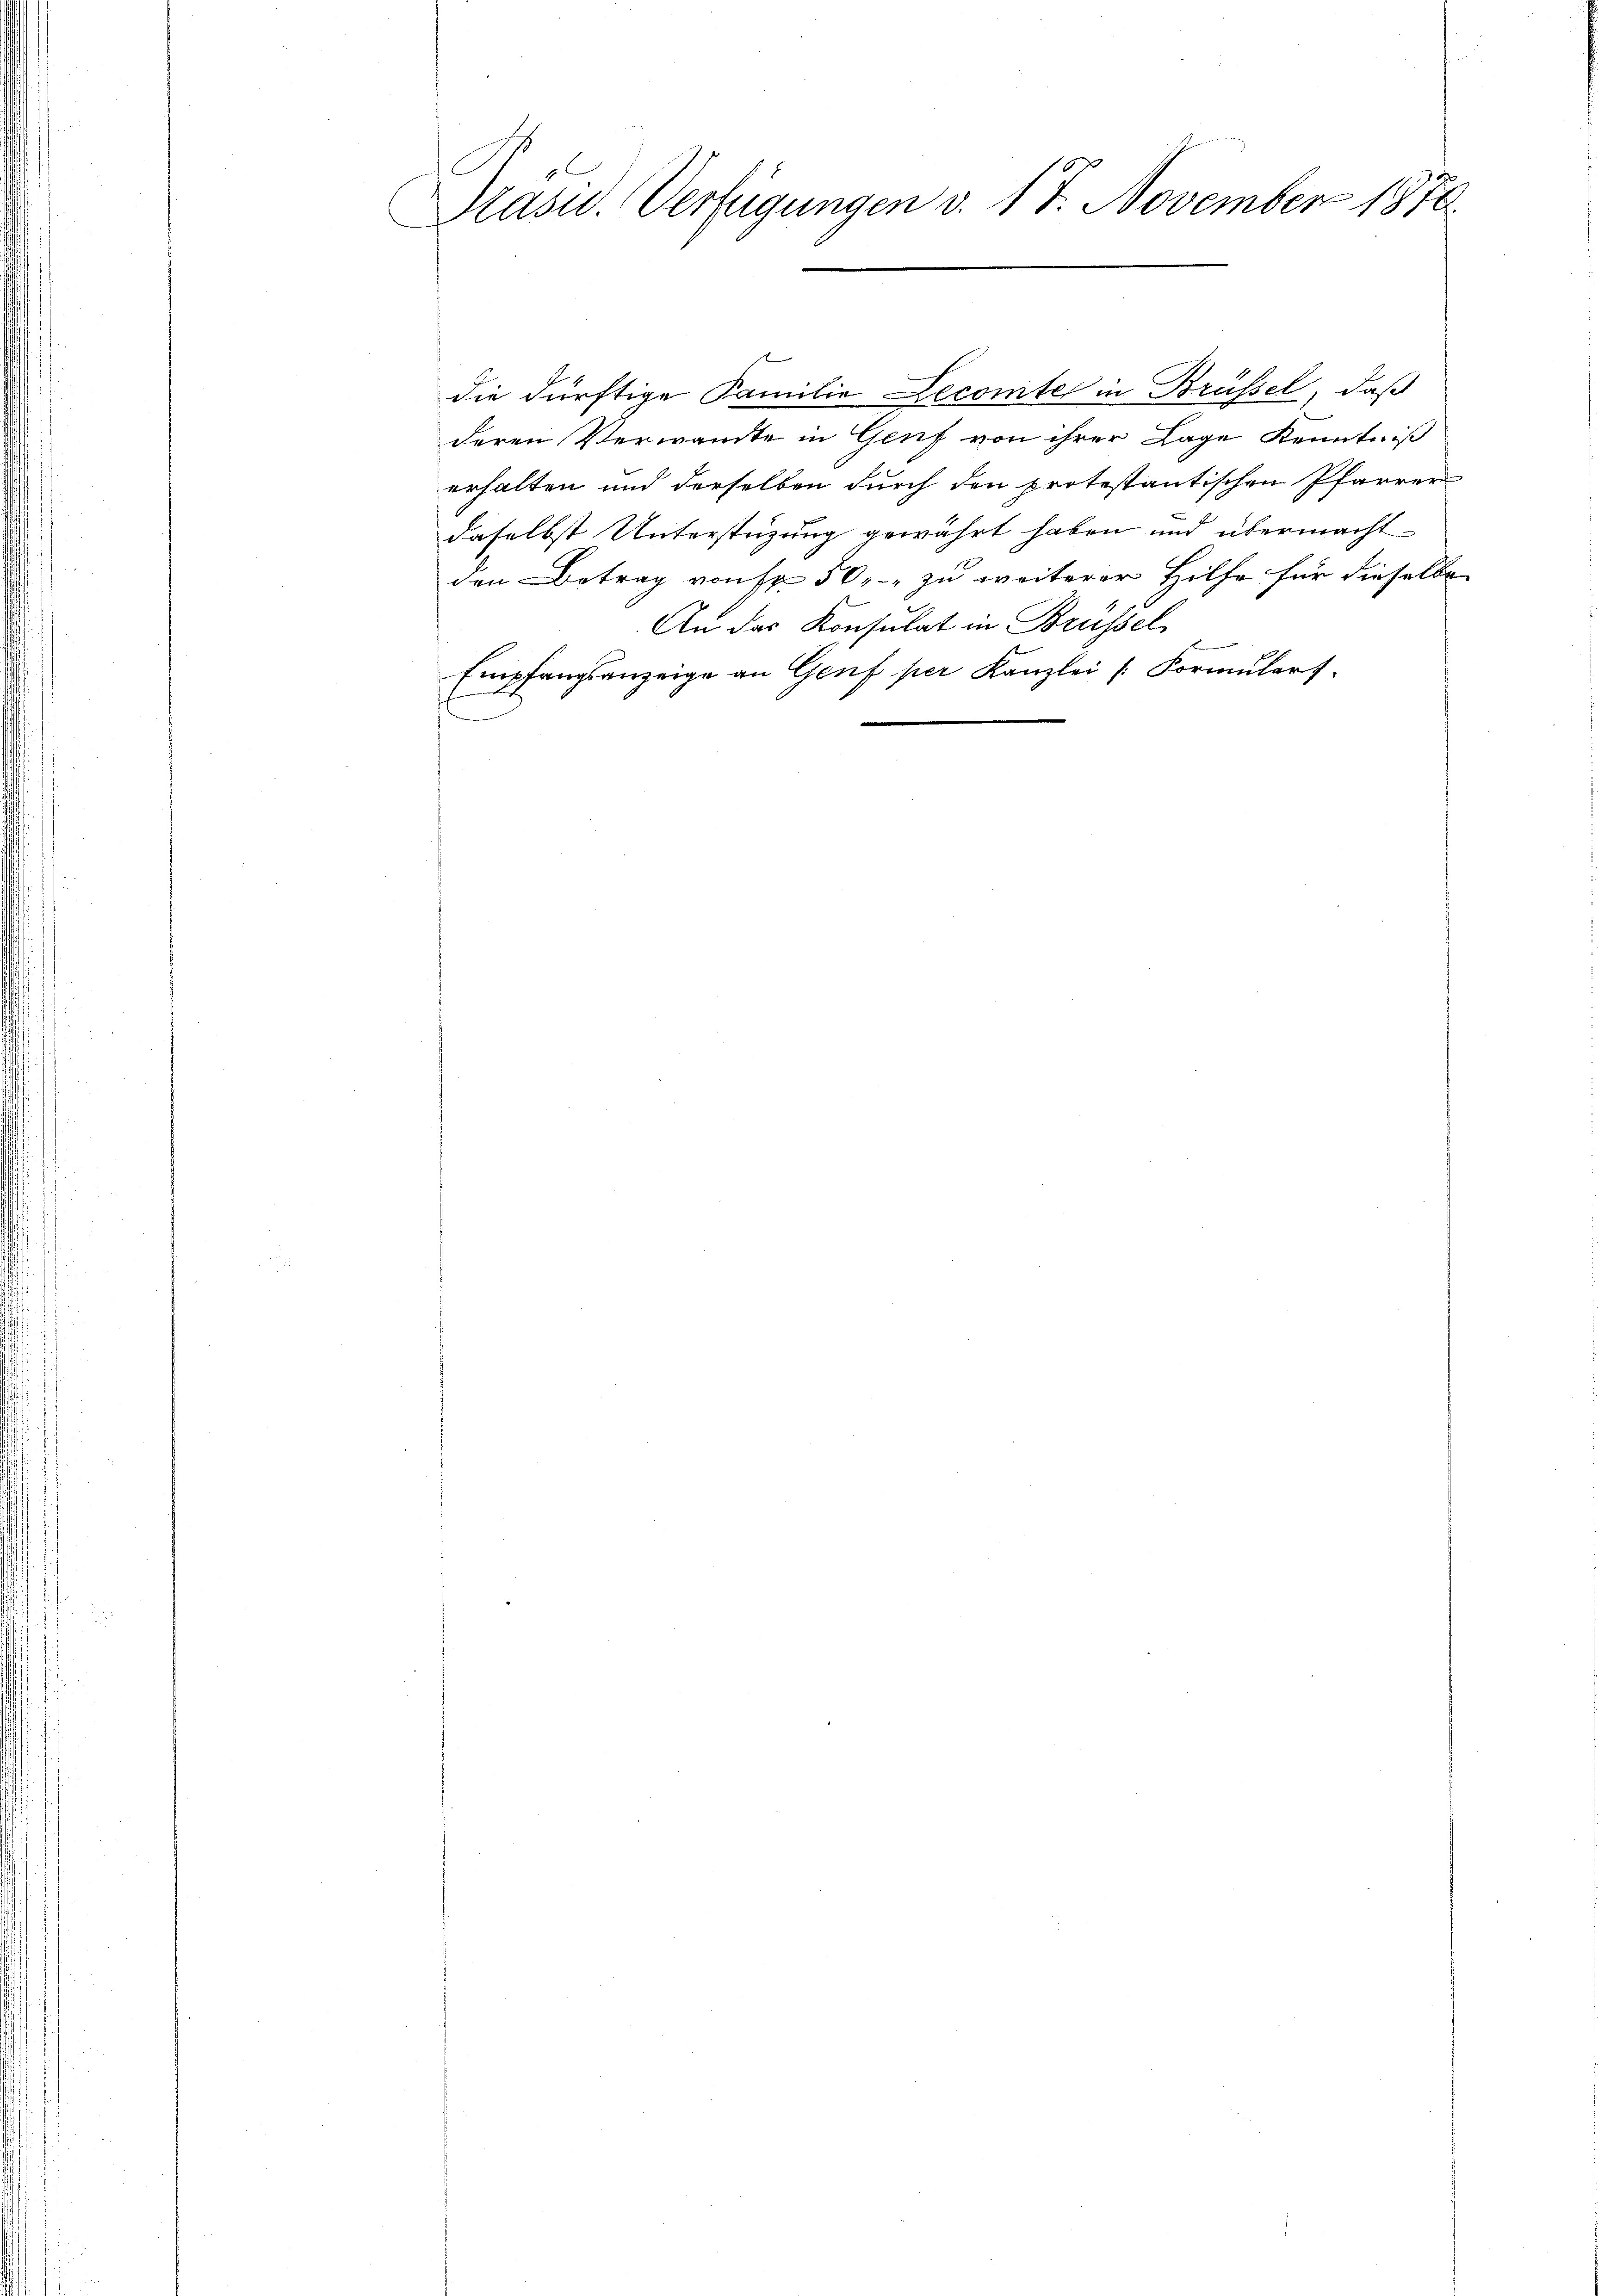
1
Präsid.. Verfügungen v. 18. November 1870.

die dürftige Familie Lecomte in Brüssel, daß
deren Verwandte in Genf von ihrer Lage Kenntniß
erhalten und derselben durch den protestantischen Pfarrer
daselbst Unterstüzung gewährt haben und übermacht
den Betrag von Fr. 50, zu weiterer Hilfe für dieselbe
An das Konsulat in Brüssel
Empfangsanzeige an Genf per Kanzlei Formularf.